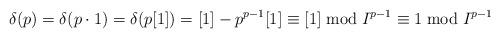
LaTeX: \begin{align*}\delta(p) &= \delta(p\cdot1) =\delta(p[1]) =[1]-p^{p-1}[1] \equiv [1] \bmod I^{p-1} \equiv 1 \bmod I^{p-1}\end{align*}